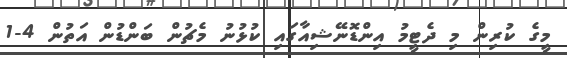
މީގެ ކުރިން މި ދެޓީމު އިންޑޮނޭޝިއާގައި ކުޅުނު މެޗުން ބަންޑުން އަތުން 4-1